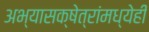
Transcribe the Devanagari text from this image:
अभ्यासक्षेत्रांमध्येही